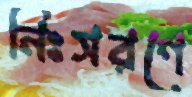
নিঃসরণে